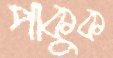
পাকুক